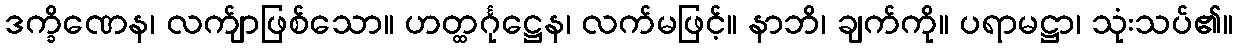
ဒက္ခိဏေန၊ လက်ျာဖြစ်သော။ ဟတ္ထင်္ဂုဋ္ဌေန၊ လက်မဖြင့်။ နာဘိ၊ ချက်ကို။ ပရာမဋ္ဌာ၊ သုံးသပ်၏။